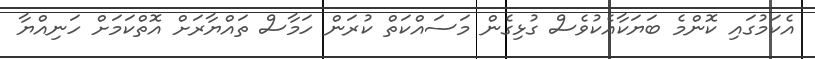
އެކަމުގައި ކޮންމެ ބަޔަކާއެކުވެސް ގުޅިގެން މަސައްކަތް ކުރަން ހަމާސް ތައްޔާރަށް އޮތްކަމަށް ހަނިއްޔާ